Plague in India, 1896, 1897 - Volume 3
Year: 1896
Disease focus: Plague
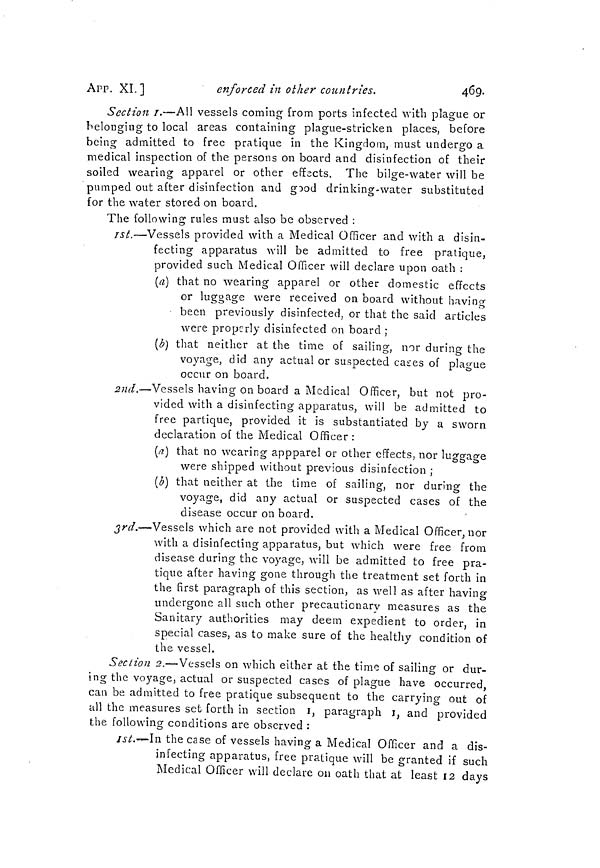
APP. XI]
enforced in other countries.
469
Section 1.-All vessels coming from ports infected with plague or
belonging to local areas containing plague-stricken places, before
being admitted to free pratique in the Kingdom, must undergo a
medical inspection of the persons on board and disinfection of their
soiled wearing apparel or other effects. The bilge-water will be
pumped out after disinfection and good drinking-water substituted
for the water stored on board.
The following rules must also be observed :
1st.—Vessels provided with a Medical Officer and with a disin-
fecting apparatus will be admitted to free pratique,
provided such Medical Officer will declare upon oath :
(a) that no wearing apparel or other domestic effects
or luggage were received on board without having
been previously disinfected, or that the said articles
were properly disinfected on board ;
(b) that neither at the time of sailing, nor during the
voyage, did any actual or suspected cases of plague
occur on board.
2nd.—Vessels having on board a Medical Officer, but not pro-
vided with a disinfecting apparatus, will be admitted to
free partique, provided it is substantiated by a sworn
declaration of the Medical Officer :
(a) that no wearing appparel or other effects, nor luggage
were shipped without previous disinfection ;
(b) that neither at the time of sailing, nor during the
voyage, did any actual or suspected cases of the
disease occur on board.
3rd.—Vessels which are not provided with a Medical Officer, nor
with a disinfecting apparatus, but which were free from
disease during the voyage, will be admitted to free pra-
tique after having gone through the treatment set forth in
the first paragraph of this section, as well as after having
undergone all such other precautionary measures as the
Sanitary authorities may deem expedient to order, in
special cases, as to make sure of the healthy condition of
the vessel.
Section 2.—Vessels on which either at the time of sailing or dur-
ing the voyage, actual or suspected cases of plague have occurred,
can be admitted to free pratique subsequent to the carrying out of
all the measures set forth in section 1, paragraph 1, and provided
the following conditions are observed :
1st.—In the case of vessels having a Medical Officer and a dis-
infecting apparatus, free pratique will be granted if such
Medical Officer will declare on oath that at least 12 days